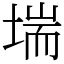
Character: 㙐